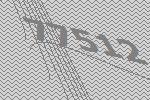
77512